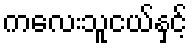
ကလေးသူငယ်နှင့်